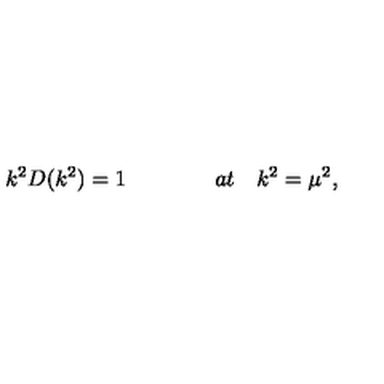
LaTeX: k ^ { 2 } D ( k ^ { 2 } ) = 1 \qquad \qquad a t \quad k ^ { 2 } = { \mu } ^ { 2 } ,